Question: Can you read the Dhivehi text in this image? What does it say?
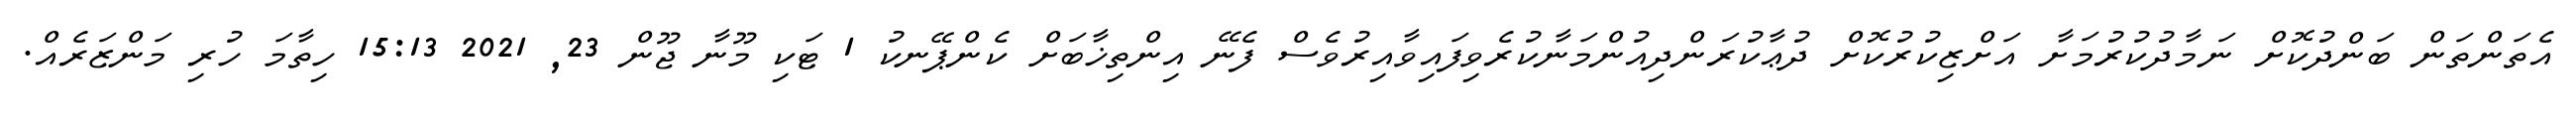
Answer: އެތަންތަން ބަންދުކޮށް ނަމާދުކުރުމަށާ އަށްޒިކުރުކޮށް ދުޢާކުރަންދިއުންމަނާކުރެވިފައިވާއިރުވެސް ފެނޭ އިންތިޚާބަށް ކެންޕޭނކު 1 ޓަކި މޫނާ ޖޫން 23, 2021 15:13 ހިތާމަ ހުރި މަންޒަރެއް.